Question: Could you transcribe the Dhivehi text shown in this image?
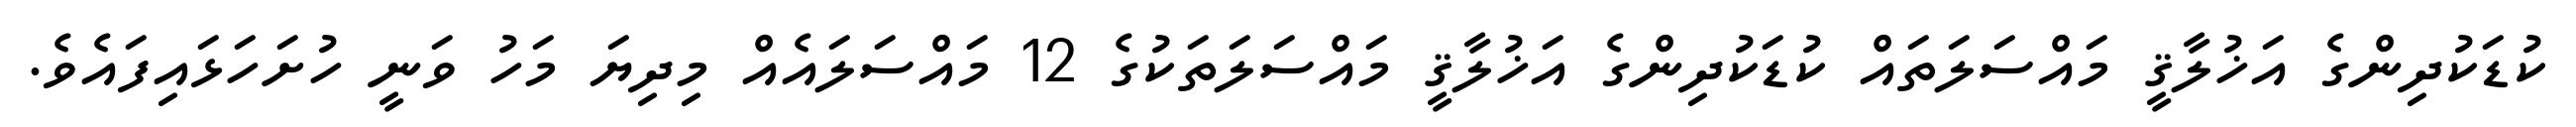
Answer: ކުޑަކުދިންގެ އަޚުލާޤީ މައްސަލަތައް ކުޑަކުދިންގެ އަޚުލާޤީ މައްސަލަތަކުގެ 12 މައްސަލައެއް މިދިޔަ މަހު ވަނީ ހުށަހަޅައިފައެވެ.